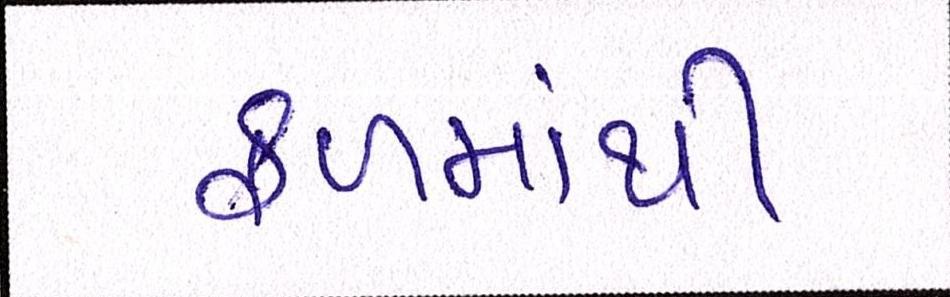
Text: ફળમાંથી